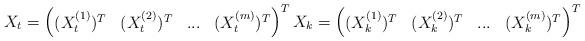
LaTeX: \begin{align*}X_t = \begin{pmatrix} (X^{(1)}_t)^T & (X^{(2)}_t)^T & ... & (X^{(m)}_t)^T \end{pmatrix}^TX_k = \begin{pmatrix} (X^{(1)}_k)^T & (X^{(2)}_k)^T & ... & (X^{(m)}_k)^T \end{pmatrix}^T\end{align*}